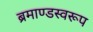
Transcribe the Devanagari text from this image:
ब्रमाण्डस्वरूप